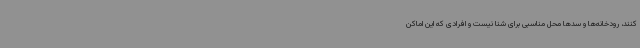
کنند، رودخانه‌ها و سدها محل مناسبی برای شنا نیست و افرادی که این اماکن